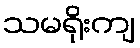
သမရိုးကျ